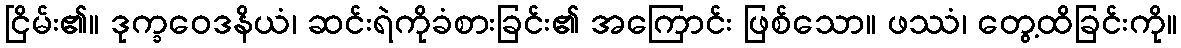
ငြိမ်း၏။ ဒုက္ခဝေဒနိယံ၊ ဆင်းရဲကိုခံစားခြင်း၏ အကြောင်း ဖြစ်သော။ ဖဿံ၊ တွေ့ထိခြင်းကို။